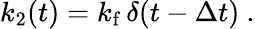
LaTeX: k_{2}(t)=k_{\mathrm{f}}\, \delta(t-\Delta t)\ .